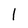
Character: 1